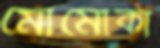
মোমোকা